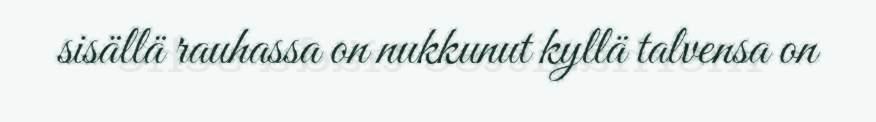
sisällä rauhassa on nukkunut kyllä talvensa on